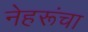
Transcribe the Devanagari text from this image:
नेहरूंचा